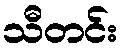
သီတင်း